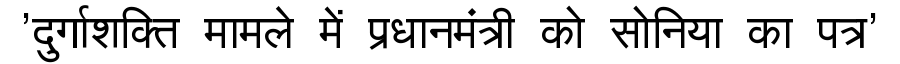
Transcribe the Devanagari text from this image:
'दुर्गाशक्ति मामले में प्रधानमंत्री को सोनिया का पत्र'